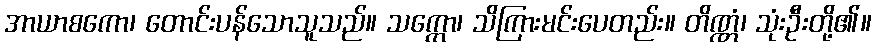
အာယာစကော၊ တောင်းပန်သောသူသည်။ သက္ကော၊ သိကြားမင်းပေတည်း။ တိဏ္ဏံ၊ သုံးဦးတို့၏။